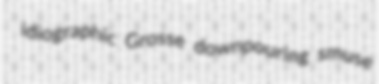
idiographic Grosse downpouring smuse